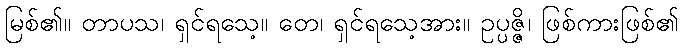
မြစ်၏။ တာပသ၊ ရှင်ရသေ့။ တေ၊ ရှင်ရသေ့အား။ ဥပ္ပဇ္ဇိ၊ ဖြစ်ကားဖြစ်၏